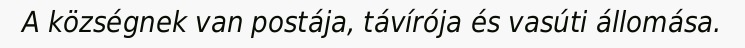
A községnek van postája, távírója és vasúti állomása.